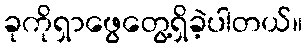
ခုကိုရှာဖွေတွေ့ရှိခဲ့ပါတယ်။